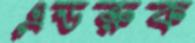
এডরুক